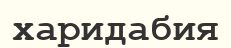
харидабия